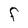
Character: F